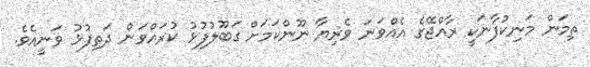
ތިމަން މަނިކުފާނަކީ ރާއްޖޭގެ އެއްވަނަ ވެރިޔާ ނޫންކަމަށް ގަބޫލުފުޅު ކުރައްވަން ދަތިފުޅު ވަނީއެވެ.